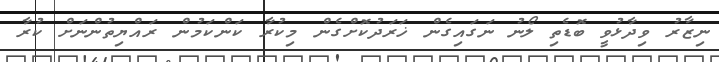
ނިޒާރު ވިދާޅުވީ ބޮޑެތި ލޯނު ނަގައިގެން ޚަރަދުކޮށްގެން މިކުރާ ކަންކަމުން ރައްޔިތުންނަށް ކުރާ